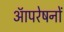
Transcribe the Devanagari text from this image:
आॅपरेषनों